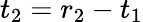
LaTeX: t_{2}=r_{2}-t_{1}